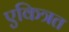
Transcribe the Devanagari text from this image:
एकित्रत